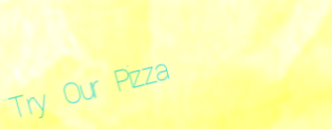
Try Our Pizza